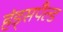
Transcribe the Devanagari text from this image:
हंड्सपैल्ड